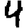
Digit: 4